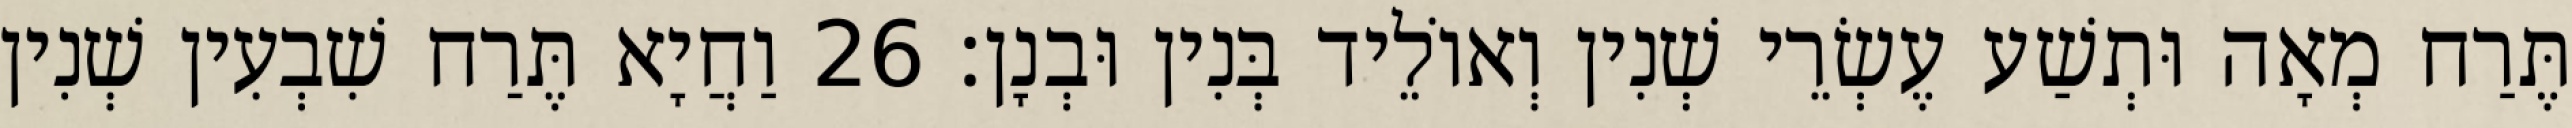
תֶּרַח מְאָה וּתְשַׁע עֶשְׂרֵי שְׁנִין וְאוֹלֵיד בְּנִין וּבְנָן׃ 26 וַחֲיָא תֶּרַח שִׁבְעִין שְׁנִין